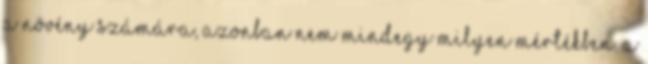
a növény számára, azonban nem mindegy milyen mértékben. A